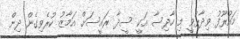
މައުރޫފު ވިދާޅުވީ މި ހާދިސާ އަކީ ސީދާ ރައީސަށް އަމާޒު ކުރެވިގެން ދިން